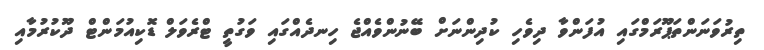
ތިރުވަނަންތަޕޫރަމްގައި އުފަންވާ ދިވެހި ކުދިންނަށް ބޭނުންވެއްޖެ ހިނދެއްގައި ވަގުތީ ޓްރެވަލް ޑޮކިއުމަންޓް ދޫކުރުމާއި